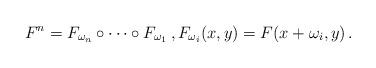
LaTeX: \begin{align*}F^n = F_{\omega_n} \circ \cdots \circ F_{\omega_1} \, , F_{\omega_i}(x,y) = F(x + \omega_i, y) \,. \end{align*}